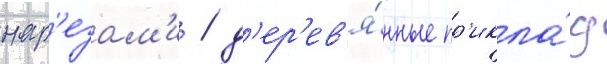
нар'езам'и / д'ер'ев'я́нные пр'икла́д